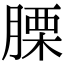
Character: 𦞰